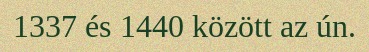
1337 és 1440 között az ún.